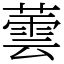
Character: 蕓